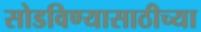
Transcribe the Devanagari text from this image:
सोडविण्यासाठीच्या